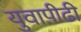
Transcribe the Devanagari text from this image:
युवाप़ीढी